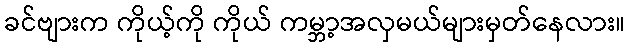
ခင်ဗျားက ကိုယ့်ကို ကိုယ် ကမ္ဘာ့အလှမယ်များမှတ်နေလား။